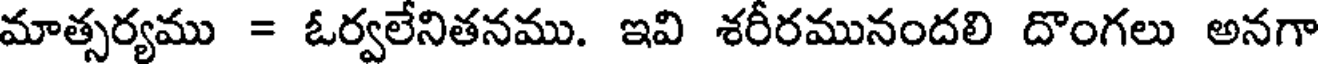
మాత్సర్యము = ఓర్వలేనితనము. ఇవి శరీరమునందలి దొంగలు అనగా